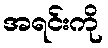
အရင်းကို